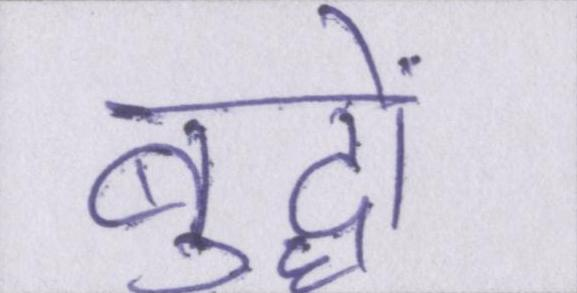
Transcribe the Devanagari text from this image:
बुद्धों